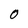
Character: O